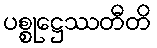
ပစ္စုဋ္ဌေဿတီတိ